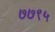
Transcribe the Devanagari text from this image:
७७९५